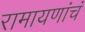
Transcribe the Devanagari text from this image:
रामायणांचं